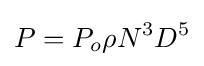
P=P_{o}\rho N^{3}D^{5}